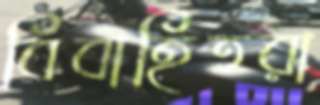
বিবাহিতরা